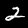
Digit: 2